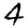
Digit: 4